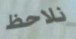
نلاحظ